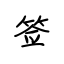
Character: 签